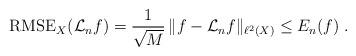
LaTeX: \begin{align*} \mbox{RMSE}_X(\mathcal{L}_{n}f)=\frac{1}{\sqrt{M}}\,\|f-\mathcal{L}_nf\|_{\ell^2(X)}\leq E_n(f)\;.\end{align*}